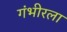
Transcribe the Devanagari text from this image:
गंभीरला